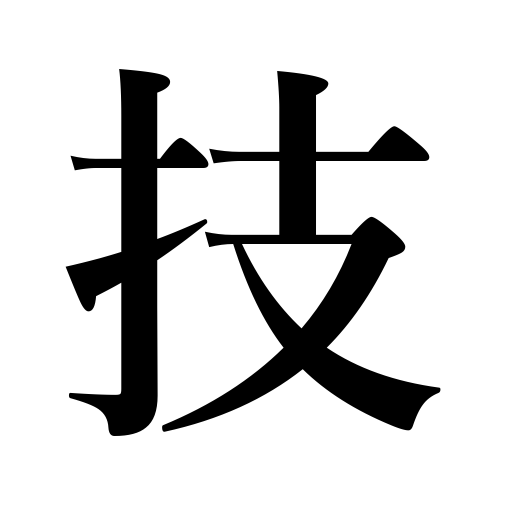
Meanings: skill,craft,ability,performance,trick,feat,act,deed,work,art